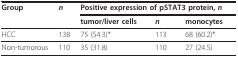
<table><thead><tr><td><b>Group</b></td><td><b><i>n</i></b></td><td colspan="3"><b>Positive expression of pSTAT3 protein, <i>n </i></b></td></tr><tr><td></td><td></td><td><b>tumor/liver cells</b></td><td><b><i>n</i></b></td><td><b>monocytes</b></td></tr></thead><tbody><tr><td>HCC</td><td>138</td><td>75 (54.3)*</td><td>113</td><td>68 (60.2)*</td></tr><tr><td>Non-tumorous</td><td>110</td><td>35 (31.8)</td><td>110</td><td>27 (24.5)</td></tr></tbody></table>